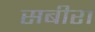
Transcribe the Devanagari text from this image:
सबीरा